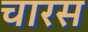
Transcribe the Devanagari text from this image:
चारस